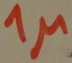
Text: 1µ